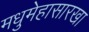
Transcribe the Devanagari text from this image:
मधुमेहासारखा